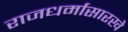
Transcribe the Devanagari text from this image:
राजधर्मासारखे